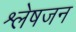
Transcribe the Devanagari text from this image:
श्लेषजन